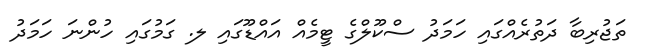
ތަޖުރިބާ ދަތުރެއްގައި ހަމަދު ސްކޫލްގެ ޓީމެއް އައްޑޫގައި ލ. ގަމުގައި ހުންނަ ހަމަދު